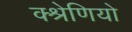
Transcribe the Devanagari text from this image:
क्श्रेणियो